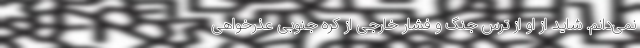
نمی‌دانم. شاید از او از ترس جنگ و فشار خارجی از کره جنوبی عذرخواهی